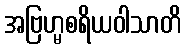
အဗြဟ္မစရိယဝါသာတိ